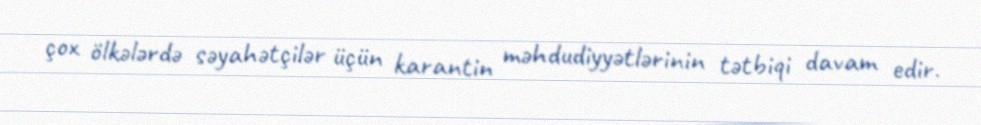
çox ölkələrdə səyahətçilər üçün karantin məhdudiyyətlərinin tətbiqi davam edir.